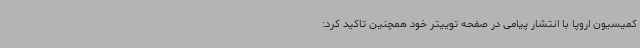
کمیسیون اروپا با انتشار پیامی در صفحه توییتر خود همچنین تاکید کرد: